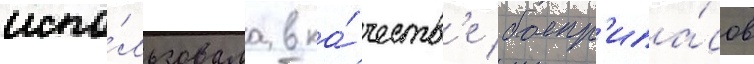
испо́льзовала в ка́честв'е боепр'ипа́сов